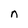
Character: n